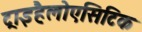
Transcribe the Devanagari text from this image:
ट्राइहैलोएसिटिक